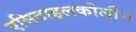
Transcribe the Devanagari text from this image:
एसिटाइलकोलीन